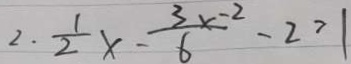
2 . \frac { 1 } { 2 } x - \frac { 3 x - 2 } { 6 } - 2 = 1